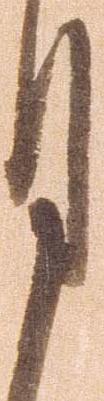
月